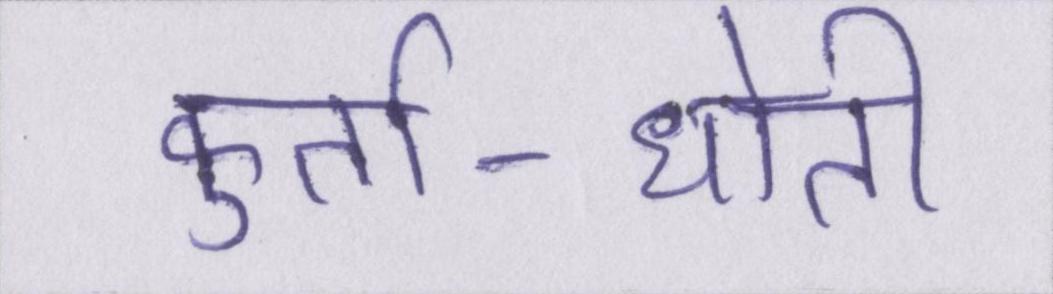
कुर्ता-धोती